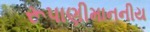
રૂપાણીમાનનીય